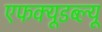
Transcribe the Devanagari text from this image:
एफक्यूडब्ल्यू